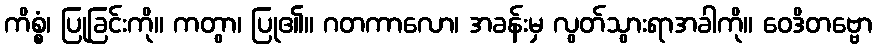
ကိစ္စံ၊ ပြုခြင်းကို။ ကတွာ၊ ပြု၏။ ဂတကာလော၊ အခန်းမှ လွတ်သွားရာအခါကို။ ဝေဒိတဗ္ဗော